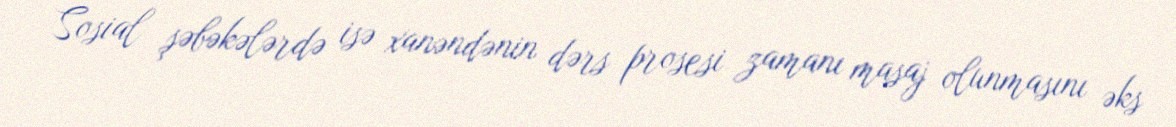
Sosial şəbəkələrdə isə xanəndənin dərs prosesi zamanı masaj olunmasını əks